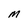
Character: M